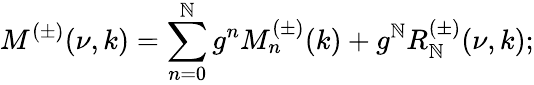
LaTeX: M^{(\pm)}(\nu,k)=\sum_{n=0}^{\mathbb{N}}g^{n}M_{n}^{(\pm)}(k)+g^{\mathbb{N}}R_{\mathbb{N}}^{(\pm)}(\nu,k);